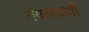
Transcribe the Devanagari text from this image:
मंगलदायी